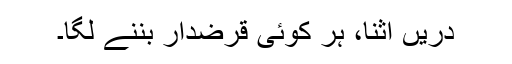
دریں اثنا، ہر کوئی قرضدار بننے لگا۔